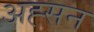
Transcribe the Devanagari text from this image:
अह्सन